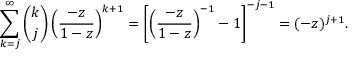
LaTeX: \sum _ { k = j } ^ { \infty } { \binom { k } { j } } \left( { \frac { - z } { 1 - z } } \right) ^ { k + 1 } = \left[ \left( { \frac { - z } { 1 - z } } \right) ^ { - 1 } - 1 \right] ^ { - j - 1 } = ( - z ) ^ { j + 1 } .